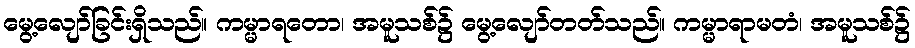
မွေ့လျော်ခြင်းရှိသည်။ ကမ္မာရတော၊ အမူသစ်၌ မွေ့လျော်တတ်သည်။ ကမ္မာရာမတံ၊ အမူသစ်၌